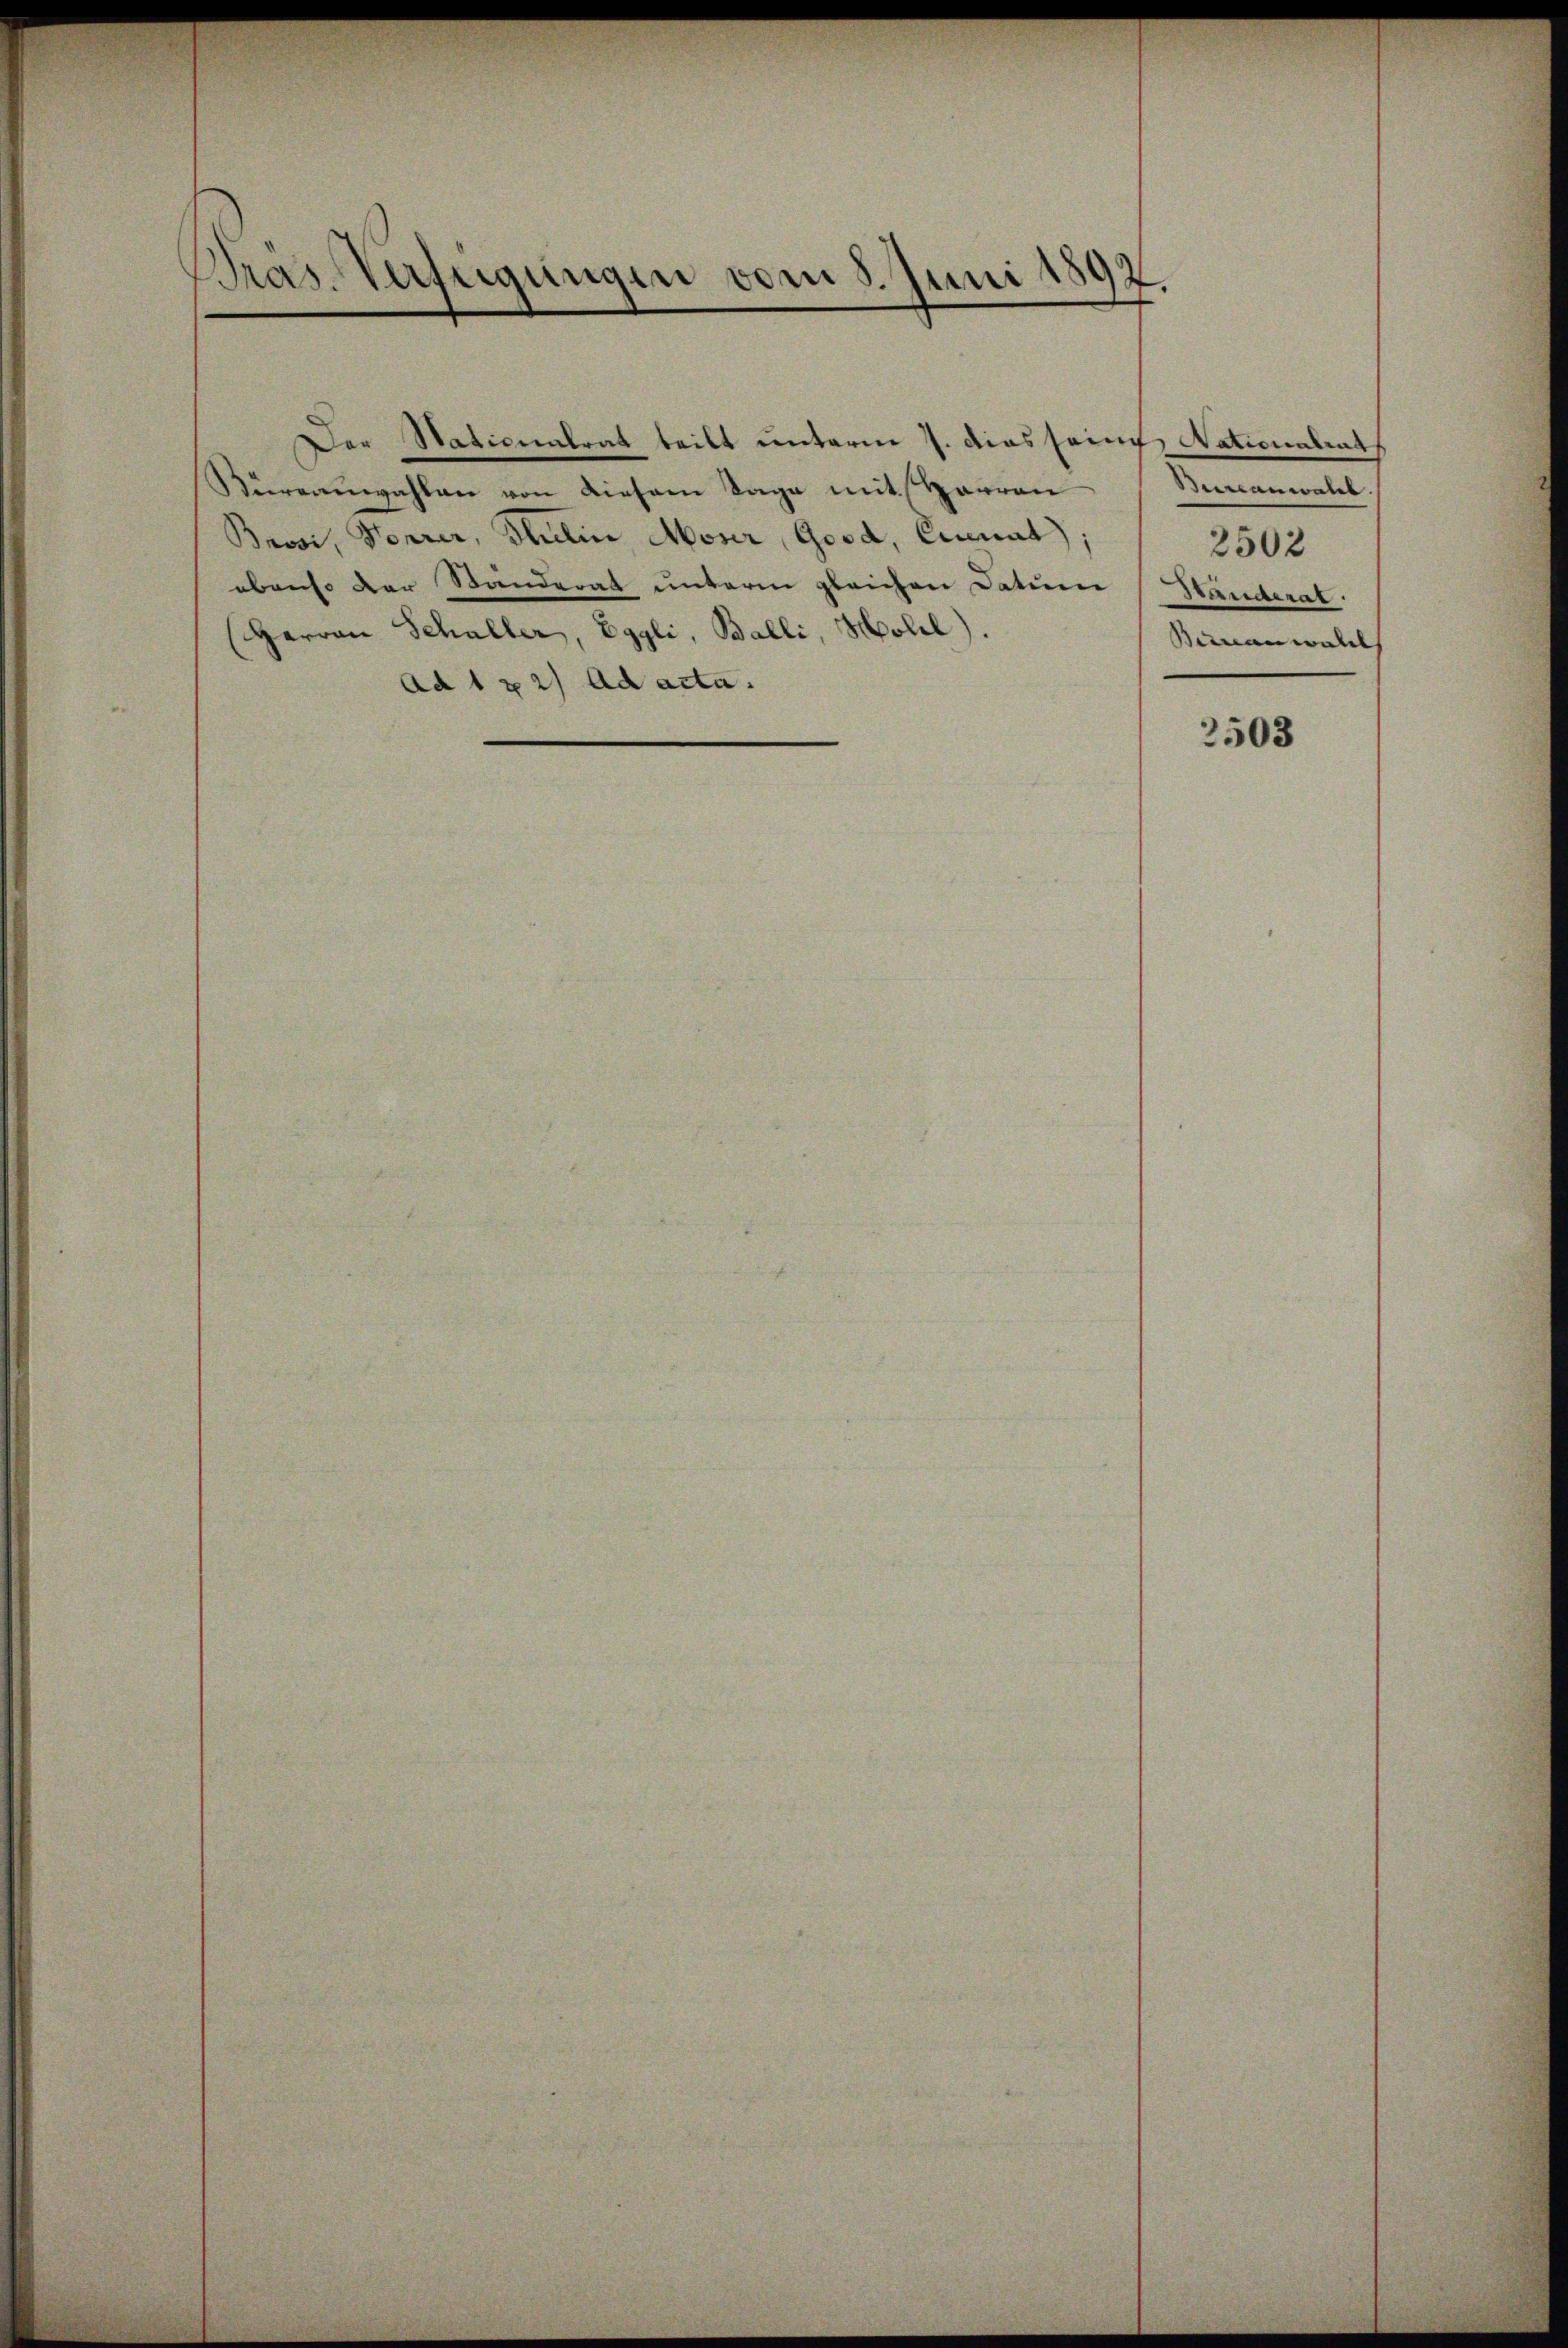
Pras Verfügungen vom 8. Juni 1897.

Der Nationalrat teilt unterm 7. dies seine Nationalrat
Büreauwahlen von diesem Tage mit Harren
Brosi, Herrer, Thulin Moser, Good, Curat
ebenso der Ständerat unterm gleichen Datum
(Herren Schaller, Eggli, Balli, Holl).
Ad 1 x 2) ad acta.

Bureanwalde
2502
Bänderat.
Bananwall

2503